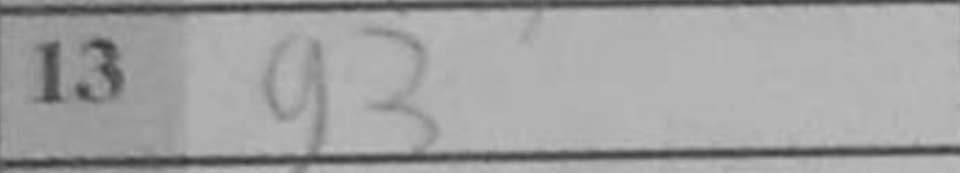
Transcription: g3